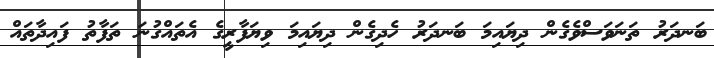
ބަނދަރު ތަނަވަސްވެގެން ދިޔައިމަ ބަނދަރު ހެދިގެން ދިޔައިމަ ވިޔަފާރީގެ އެތައްގުނަ ތަފާތު ފައިދާތައް